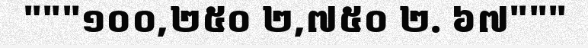
"""១០០,២៥០ ២,៧៥០ ២. ៦៧"""